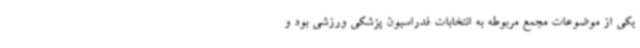
یکی از موضوعات مجمع مربوطه به انتخابات فدراسیون پزشکی ورزشی بود و